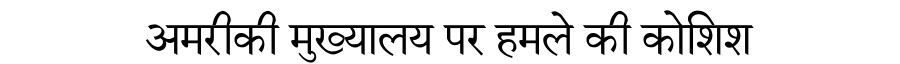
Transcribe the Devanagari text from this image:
अमरीकी मुख्यालय पर हमले की कोशिश